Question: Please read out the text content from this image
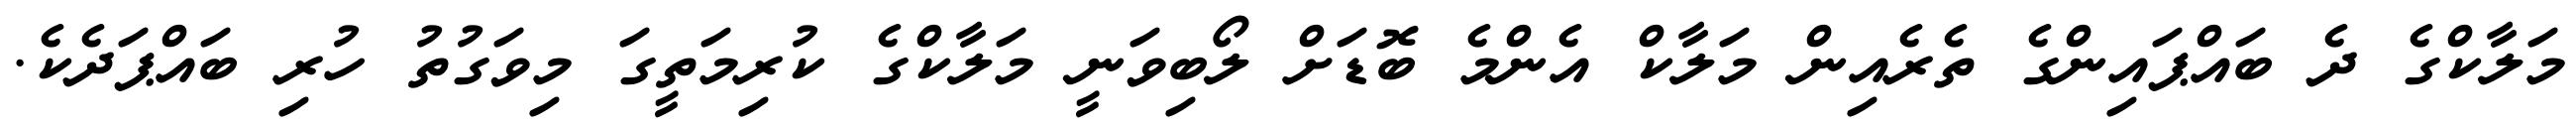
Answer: މަލާކްގެ ދެ ބައްޕައިންގެ ތެރެއިން މަލާކް އެންމެ ބޮޑަށް ލޯބިވަނީ މަލާކްގެ ކުރިމަތީގަ މިވަގުތު ހުރި ބައްޕަދެކެ.